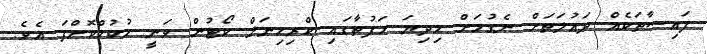
ފައިސާތަކެއް ދައުލަތަށް ނެގުމަށް މިދިޔަ ހަފުތާގައި ކްރިމިނަލް ކޯޓުން ވަނީ ހުކުމްކޮށްފަ އެވެ.